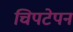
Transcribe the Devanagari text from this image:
चिपटेपन